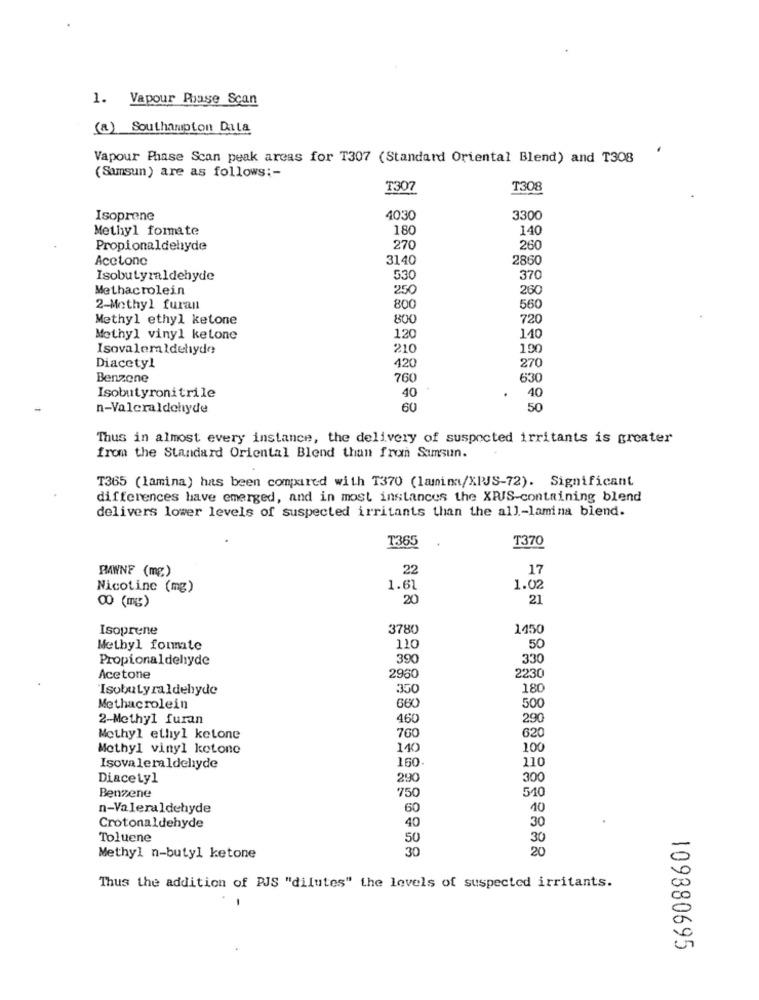
1. Vapour Phase Scan
(a) Southampton Data
Vapour Phase Scan peak arcas for T307 (Standard Oriental Blend) and T308
(Samsun) are as follows :-
T307
T308
Isoprene
4030
3300
Methyl fomate
180
140
Propionaldehyde
270
260
Acetono
3140
2860
Isobutyraldehyde
530
370
Methacrolein
250
260
2-Methyl furan
800
560
Methyl ethyl ketone
800
720
Methyl vinyl ketone
120
110
Isovaleraldehyde
210
190
Diacetyl
420
270
Benzene
760
630
Isobutyronitrile
40
40
n-Valeraldehyde
60
50
Thus in almost every instance, the delivery of suspected irritants is greater
from the Standard Oriental Blend than from Samsun.
T365 (lamina) has been compared with T370 (lamina/XIJS-72). Significant
differences have emerged, and in most instances the XRIS-containing blend
delivers lower levels of suspected irritants than the all-lamina blend.
T365
T370
PAWNF (mg)
22
17
Nicotine (mg)
1.61
1.02
00 (mg)
20
21
Isoprene
3780
1450
Methyl formate
110
50
Propionaldehyde
390
330
2230
Acetone
2950
Isobutyraldehyde
350
180
Methacrolein
660
500
2-Methyl furan
460
290
760
620
Methyl ethyl ketone
Methyl vinyl kotone
140
100
160
110
Isovaleraldehyde
Diacetyl
290
300
510
Benzene
750
n-Valeraldehyde
60
10
Crotonaldehyde
40
30
Toluene
50
30
30
20
Methyl n-butyl ketone
Thus the addition of PJS "dilutes" the levels of suspected irritants.
-
109380695